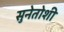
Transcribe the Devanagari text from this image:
सुनेतोशी